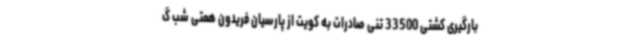
بارگیری کشتی 33500 تنی صادرات به کویت از پارسیان فریدون همتی شب گ